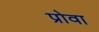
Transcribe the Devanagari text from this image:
प्रोवा